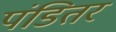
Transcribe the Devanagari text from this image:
पंडितर